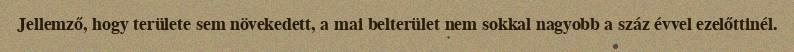
Jellemző, hogy területe sem növekedett, a mai belterület nem sokkal nagyobb a száz évvel ezelőttinél.